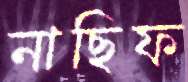
নাছিফ